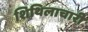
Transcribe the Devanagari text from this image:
शिथिलाचारी